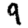
Digit: 9